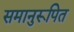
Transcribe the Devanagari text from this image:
समानुरूपित